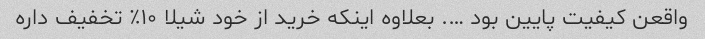
واقعن کیفیت پایین بود …. بعلاوه اینکه خرید از خود شیلا ۱۰٪ تخفیف داره